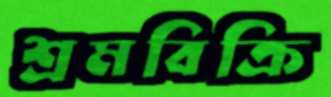
শ্রমবিক্রি